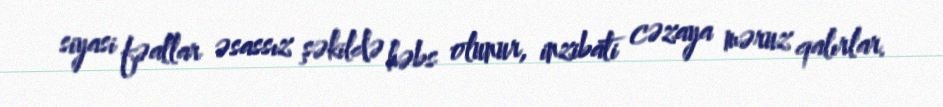
siyasi fəallar əsassız şəkildə həbs olunur, inzibati cəzaya məruz qalırlar.